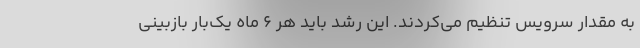
به مقدار سرویس تنظیم می‌کردند. این رشد باید هر ۶ ماه یک‌بار بازبینی